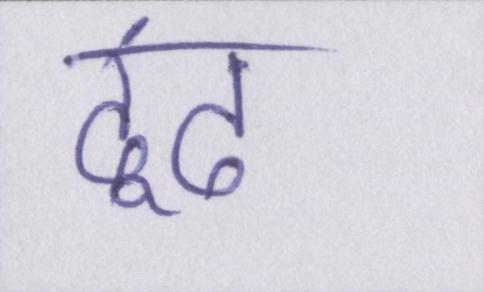
ढूंढ